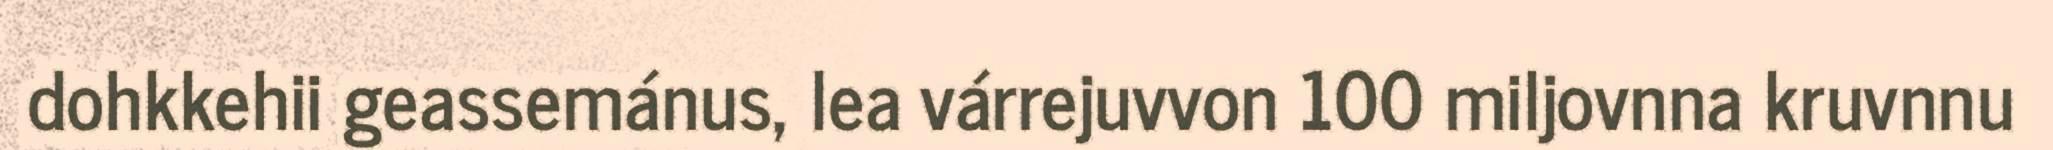
dohkkehii geassemánus, lea várrejuvvon 100 miljovnna kruvnnu